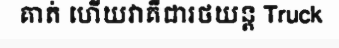
គាត់ ហើយវាគឺជារថយន្ត Truck